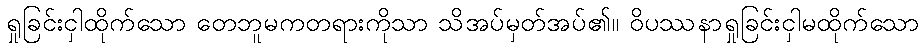
ရှုခြင်းငှါထိုက်သော တေဘူမကတရားကိုသာ သိအပ်မှတ်အပ်၏။ ဝိပဿနာရှုခြင်းငှါမထိုက်သော